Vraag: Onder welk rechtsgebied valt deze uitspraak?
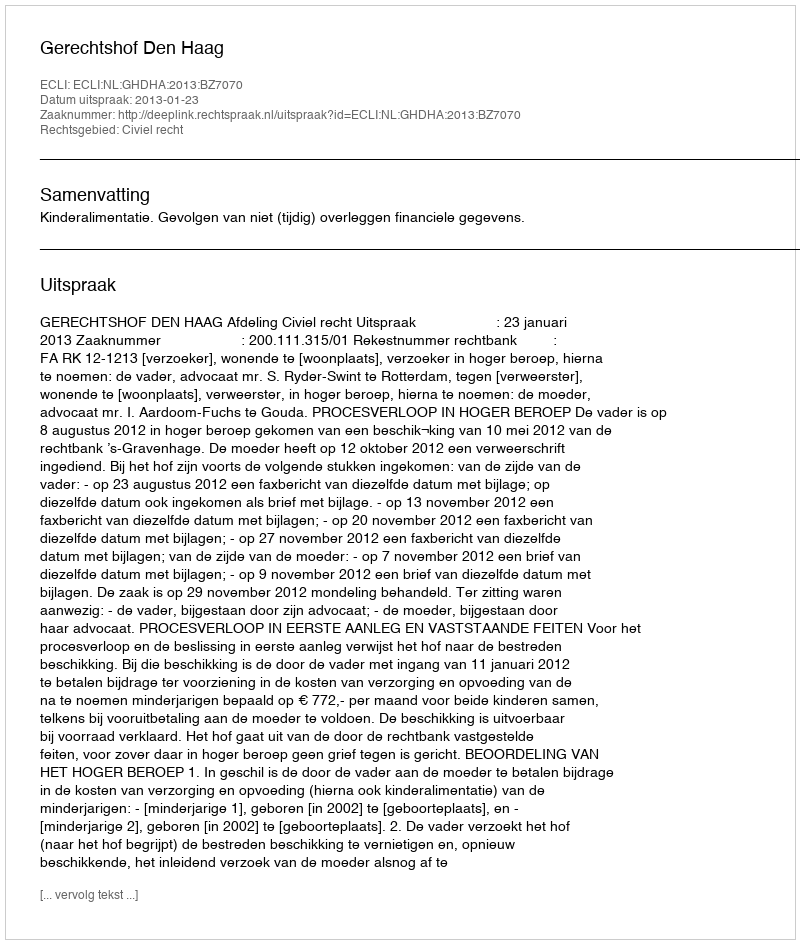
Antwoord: Civiel recht